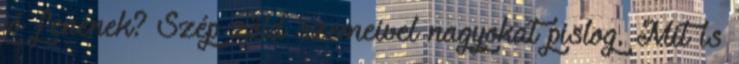
jó fenének? Szép zöld szemeivel nagyokat pislog. Mit is